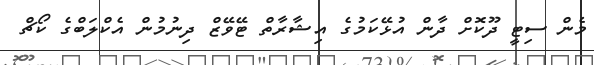
މެން ސިޓީ ދޫކޮށް ދާން އުޅޭކަމުގެ އިޝާރާތް ޓޭވޭޒް ދިނުމުން އެކްލަބްގެ ކޯޗް